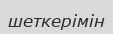
шеткерімін